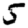
Digit: 5